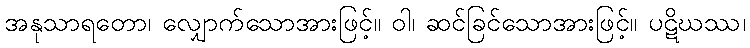
အနုသာရတော၊ လျှောက်သောအားဖြင့်။ ဝါ၊ ဆင်ခြင်သောအားဖြင့်။ ပဋိဃဿ၊